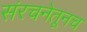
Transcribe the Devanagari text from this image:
संरचनेतूनच